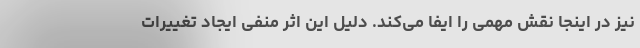
نیز در اینجا نقش مهمی را ایفا می‌کند. دلیل این اثر منفی ایجاد تغییرات